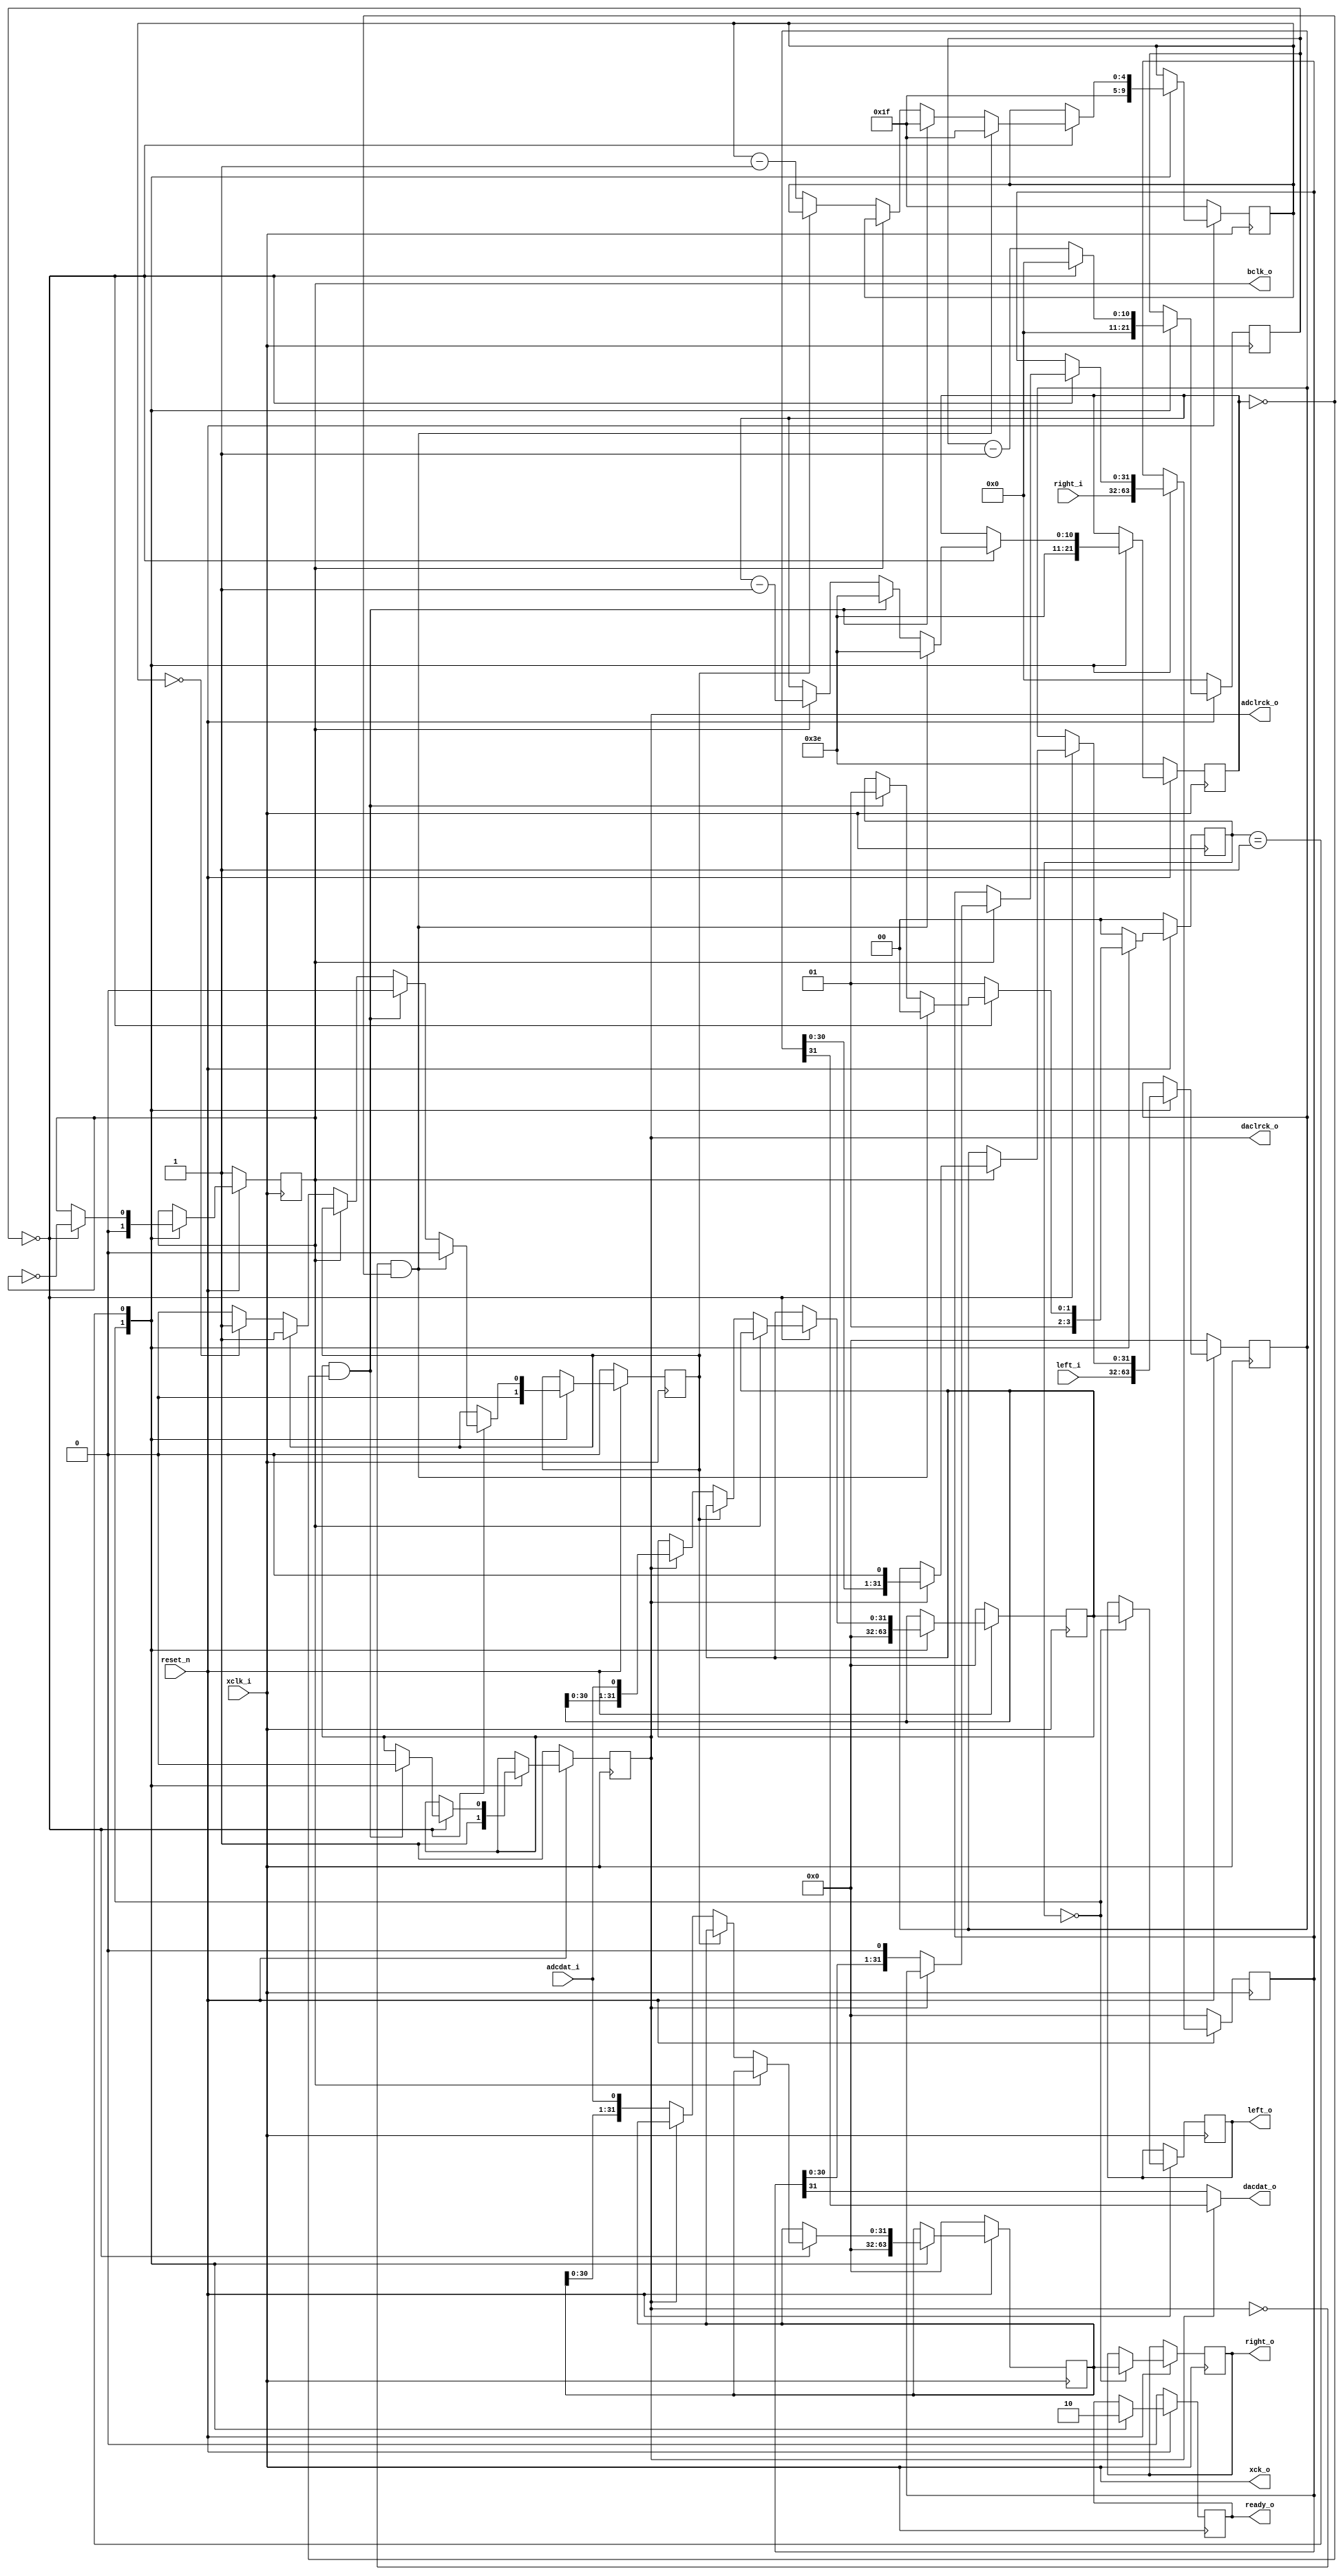
//TODO: ,     
module codec_fsm #(
	parameter OVERSAMPLE 	= 250,
	parameter DATA_WIDTH 	= 32,
	parameter CHANNELS		= 2
)(
	input	wire 						xclk_i,
	input	wire						reset_n,
	
	input	wire	signed	[ 31:0 ] 	right_i,
	input	wire	signed	[ 31:0 ] 	left_i,
	
	output	wire	signed	[ 31:0 ]	right_o,
	output	wire	signed	[ 31:0 ]	left_o,
	output	wire						ready_o,
	
	output	wire						xck_o,
	output 	wire						bclk_o,
	output 	wire						daclrck_o,
	output	wire						dacdat_o,
	output	wire						adclrck_o,
	input	wire						adcdat_i
);
	
	localparam BCLK_VALUE = ( OVERSAMPLE / ( DATA_WIDTH * CHANNELS * 2 ) ) - 1;
	localparam LRCK_VALUE = ( OVERSAMPLE / ( CHANNELS ) ) - 1;
	
	localparam IDLE_S	= 2'b00;
	localparam BCLK_S	= 2'b01;
	
	reg [ 1:0 ] FSM_STATE = IDLE_S;
	reg [ 31:0 ] dac_right = 0, dac_left = 0, adc_left = 0, adc_right = 0, adc_left_reg = 0, adc_right_reg = 0;
	reg [ 10:0 ] bclk_counter = BCLK_VALUE, lrck_counter = 62;
	reg [ $clog2(DATA_WIDTH)-1:0 ] bits_counter = DATA_WIDTH-1;
	reg lrck = 1, bclk = 1, valid_out = 0;
	reg done = 0;
	
	always @( posedge xclk_i )
	begin
		if( reset_n == 1'b0 ) begin
			dac_right 		<= 0;
			dac_left 		<= 0;
			adc_left		<= 0;
			adc_right		<= 0;
			
			lrck			<= 1'b1;
			bclk			<= 1'b1;
			bclk_counter 	<= BCLK_VALUE;
			lrck_counter	<= 62;
			bits_counter	<= 31;
			valid_out		<= 1'b0;
			done 			<= 1'b0;
			
			FSM_STATE 		<= IDLE_S;
		end
		else begin
			case( FSM_STATE )
				IDLE_S : begin
					adc_left_reg	<= adc_left;
					adc_right_reg	<= adc_right;
					valid_out		<= 1'b1;

					dac_right 		<= 0;
					dac_left		<= 0;
					adc_left		<= 0;
					adc_right		<= 0;

					bclk			<= 1'b0;
					bclk_counter 	<= BCLK_VALUE;
					lrck_counter	<= 62;
					bits_counter	<= 31;
					done 			<= 1'b0;

					dac_right 		<= right_i;
					dac_left 		<= left_i;
					lrck			<= 1'b1;
					
					FSM_STATE 		<= BCLK_S;
				end
				
				BCLK_S : begin
					valid_out		<= 1'b0;
					if( bclk_counter == 1'b0 ) begin
						if( bclk == 1'b1 ) begin
							lrck_counter 	<= lrck_counter - 1'b1;
							
							if( lrck == 1'b1 ) begin
								dac_left 	<= {dac_left[30:0], 1'b0};
							end
							else begin
								dac_right 	<= {dac_right[30:0], 1'b0};
							end
						end
						else begin
							if( ~done ) begin
								if( bits_counter == 1'b0 ) done <= 1'b1;
								if( lrck == 1'b1 ) begin
									adc_left		<= {adc_left[30:0], adcdat_i};
									bits_counter	<= bits_counter - 1'b1;
								end
								else begin
									adc_right 		<= {adc_right[30:0], adcdat_i};
									bits_counter 	<= bits_counter - 1'b1;
								end
							end
						end
						
						bclk <= !bclk;
						bclk_counter <= BCLK_VALUE;

						if( lrck == 1'b1 && lrck_counter == 0 ) begin
							lrck 			<= 1'b0;
							lrck_counter	<= 62;
							bits_counter	<= 31;
							done <= 1'b0;
							
							FSM_STATE 		<= BCLK_S;
						end
						if( lrck == 1'b0 && lrck_counter == 0 ) begin
							lrck_counter	<= 62;
							bits_counter	<= 31;
							//valid_out		<= 1'b1;
							done <= 1'b0;
							
							FSM_STATE 		<= IDLE_S;
						end
					end
					else begin
						bclk_counter 	<= bclk_counter - 1'b1;
						
						FSM_STATE 		<= BCLK_S;
					end
				end
				
				default : begin
					FSM_STATE <= IDLE_S;
				end
			endcase
		end
	end

	assign xck_o		= xclk_i;
	assign bclk_o	 	= bclk;
	assign daclrck_o 	= lrck;
	assign adclrck_o 	= lrck;
	assign dacdat_o 	= ( lrck == 1'b0 ) ? (dac_right[31]) : (dac_left[31]);
	
	assign left_o		= adc_left_reg;
	assign right_o		= adc_right_reg;
	assign ready_o		= valid_out;
	
endmodule